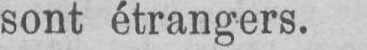
sont étrangers.